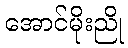
အောင်မိုးညို